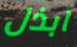
ابذل